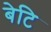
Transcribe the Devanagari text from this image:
बेटि